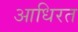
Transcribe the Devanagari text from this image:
आधिरत